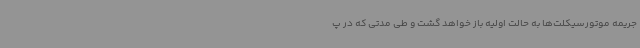
جریمه موتورسیکلت‌ها به حالت اولیه باز خواهد گشت و طی مدتی که در پ